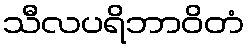
သီလပရိဘာဝိတံ